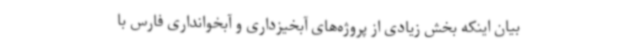
بیان اینکه بخش زیادی از پروژه‌های آبخیزداری و آبخوانداری فارس با